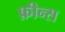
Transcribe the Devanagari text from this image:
फ़ीन्स